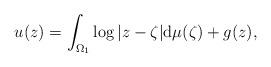
LaTeX: \begin{align*}u(z)=\int_{\Omega_{1}} \log |z-\zeta|\mathrm{d}\mu(\zeta)+g(z),\end{align*}